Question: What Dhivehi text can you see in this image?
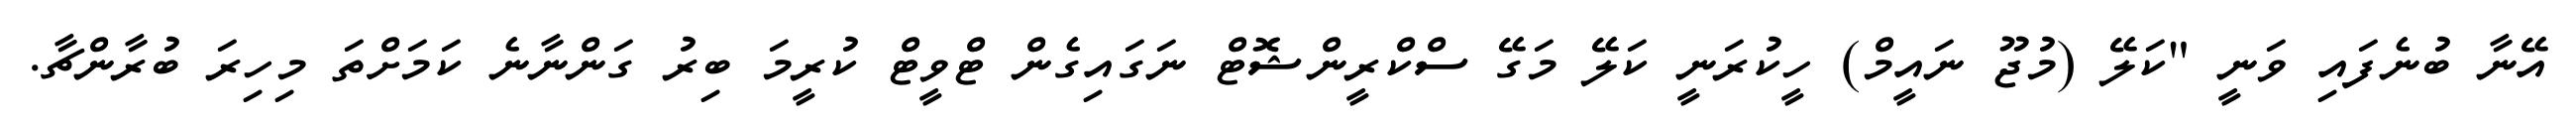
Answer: އޭނާ ބުނެފައި ވަނީ "ކަލޭ (މުޖޫ ނައީމް) ހީކުރަނީ ކަލޭ މަގޭ ސްކްރީންޝޮޓް ނަގައިގެން ޓްވީޓް ކުރީމަ ބިރު ގަންނާނެ ކަމަށްތަ މިހިރަ ބުރާންޗާ.